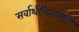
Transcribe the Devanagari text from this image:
सर्वार्थचिंतामणि